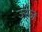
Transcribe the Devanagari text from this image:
ज्स्ज